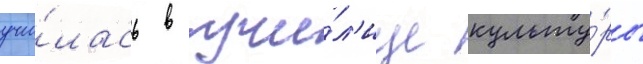
учи́лась в учи́л'ище культу́ры